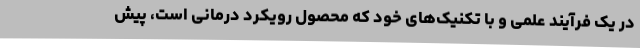
در یک فرآیند علمی و با تکنیک‌های خود که محصول رویکرد درمانی است، پیش